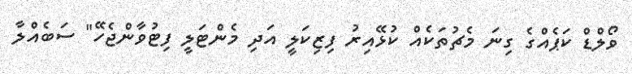
ވޯލްޑް ކަޕެއްގެ ގިނަ މެޗުތަކެއް ކުޅޭއިރު ފިޒިކަލީ އަދި މެންޓަލީ ފިޓުވާންޖެހޭ" ސަބެއްލާ